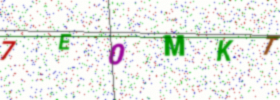
Text: 7E0MKT